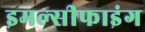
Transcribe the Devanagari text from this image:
इमल्सीफाइंग